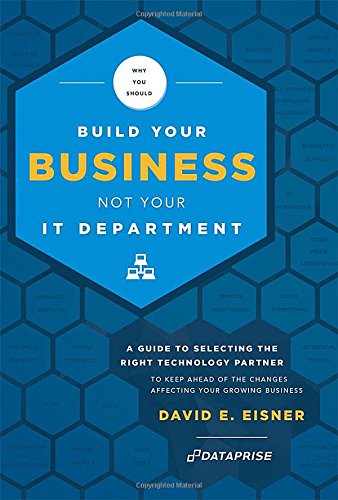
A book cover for Why You Should Build Your Business Not Your IT Department: A Guide To Selecting The Right Technology Partner To Keep Ahead Of The Chnages Affecting Your Growing Business; David E. Eisner; Business & Money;